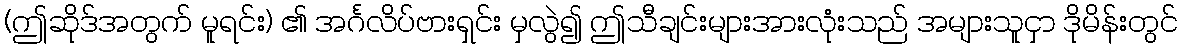
(ဤဆိုဒ်အတွက် မူရင်း) ၏ အင်္ဂလိပ်ဗားရှင်း မှလွဲ၍ ဤသီချင်းများအားလုံးသည် အများသူငှာ ဒိုမိန်းတွင်